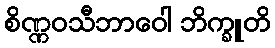
စိဏ္ဏဝသီဘာဝေါ ဘိက္ခူတိ